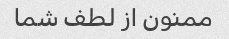
ممنون از لطف شما